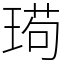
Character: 㻤